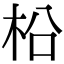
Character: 柗